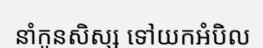
នាំកូនសិស្ស ទៅយកអំបិល